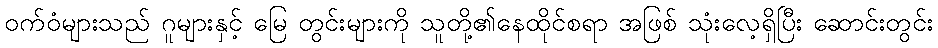
ဝက်ဝံများသည် ဂူများနှင့် မြေ တွင်းများကို သူတို့၏နေထိုင်စရာ အဖြစ် သုံးလေ့ရှိပြီး ဆောင်းတွင်း